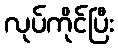
လုပ်ကိုင်ပြီး